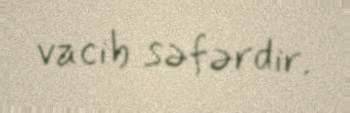
vacib səfərdir.